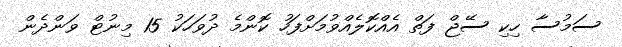
ސަމުސާ ހިކި ސޭޖް ފަތް އެއްކޮލެއްވުމަށްފަހު ކޮންމެ ދުވަހަކު 15 މިނުޓް ވަންދެން